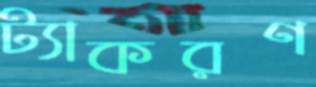
ট্যাকরণ